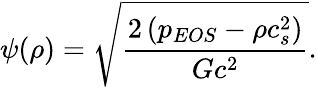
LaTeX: \psi(\rho)=\sqrt{\frac{2\left(p_{EOS}-\rho c_{s}^{2}\right)}{Gc^{2}}}.